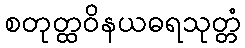
စတုတ္ထဝိနယဓရသုတ္တံ